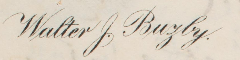
Walter J. Bugby.